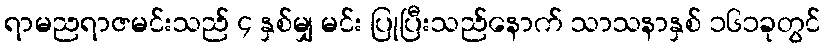
ရာမညရာဇမင်းသည် ၄ နှစ်မျှ မင်း ပြုပြီးသည်နောက် သာသနာနှစ် ၁၆၁ခုတွင်